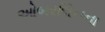
ઓબરલિનના